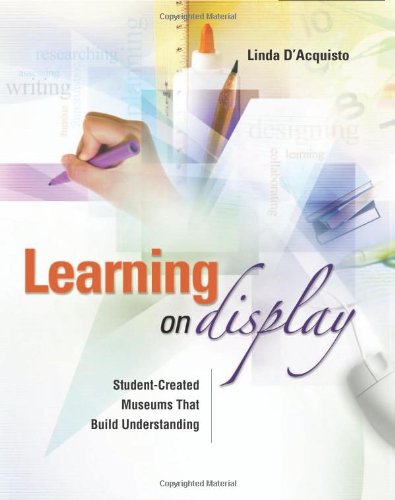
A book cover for Learning on Display: Student-Created Museums That Build Understanding; Linda D'Acquisto; Business & Money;